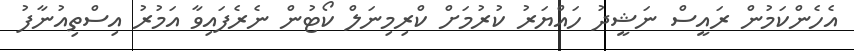
އެހެންކަމުން ރައީސް ނަޝީދު ހައްޔަރު ކުރުމަށް ކްރިމިނަލް ކޯޓުން ނެރެފައިވާ އަމުރު އިސްތިއުނާފު